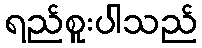
ရည်စူးပါသည်